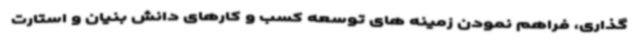
گذاری، فراهم نمودن زمینه های توسعه کسب و کارهای دانش بنیان و استارت